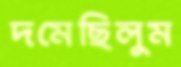
দমেছিলুম